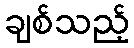
ချစ်သည့်